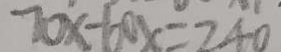
7 0 x - 6 0 x = 2 4 0